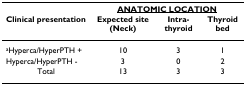
|  | <COLSPAN=3> <underline>ANATOMIC LOCATION</underline> |
 | Clinical presentation | Expected site (Neck) | Intra-thyroid | Thyroid bed |
 | --- | --- | --- | --- |
 | aHyperca/HyperPTH + | 10 | 3 | 1 |
 | Hyperca/HyperPTH - | 3 | 0 | 2 |
 | Total | 13 | 3 | 3 |